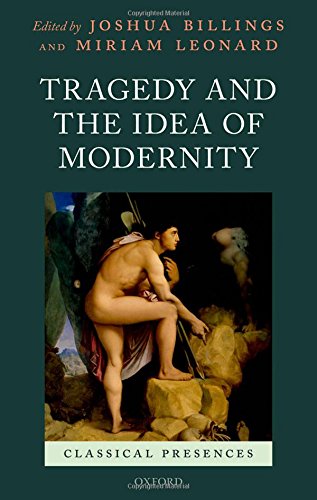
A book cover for Tragedy and the Idea of Modernity (Classical Presences); Literature & Fiction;